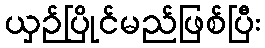
ယှဉ်ပြိုင်မည်ဖြစ်ပြီး